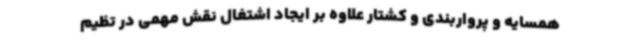
همسایه و پرواربندی و کشتار علاوه بر ایجاد اشتغال نقش مهمی در تظیم